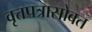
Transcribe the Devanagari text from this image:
वृत्तपत्रासोबत